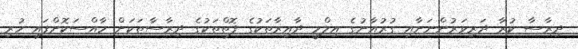
ދިރާސާ ކުރާ ދަރިވަރުންނަށާއި ގުރުއާނުގެ އިލްމީ ދާއިރާތަކުގެ ފޮތްތަކުގެ ދިރާސާތަކަށް ހާއްސަކޮށްފައި ހުރި